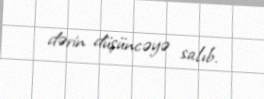
dərin düşüncəyə salıb.